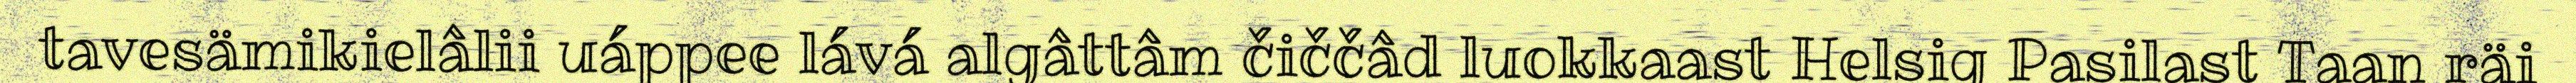
tavesämikielâlii uáppee lává algâttâm čiččâd luokkaast Helsig Pasilast Taan räi